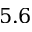
5 . 6